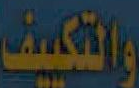
والتكييف